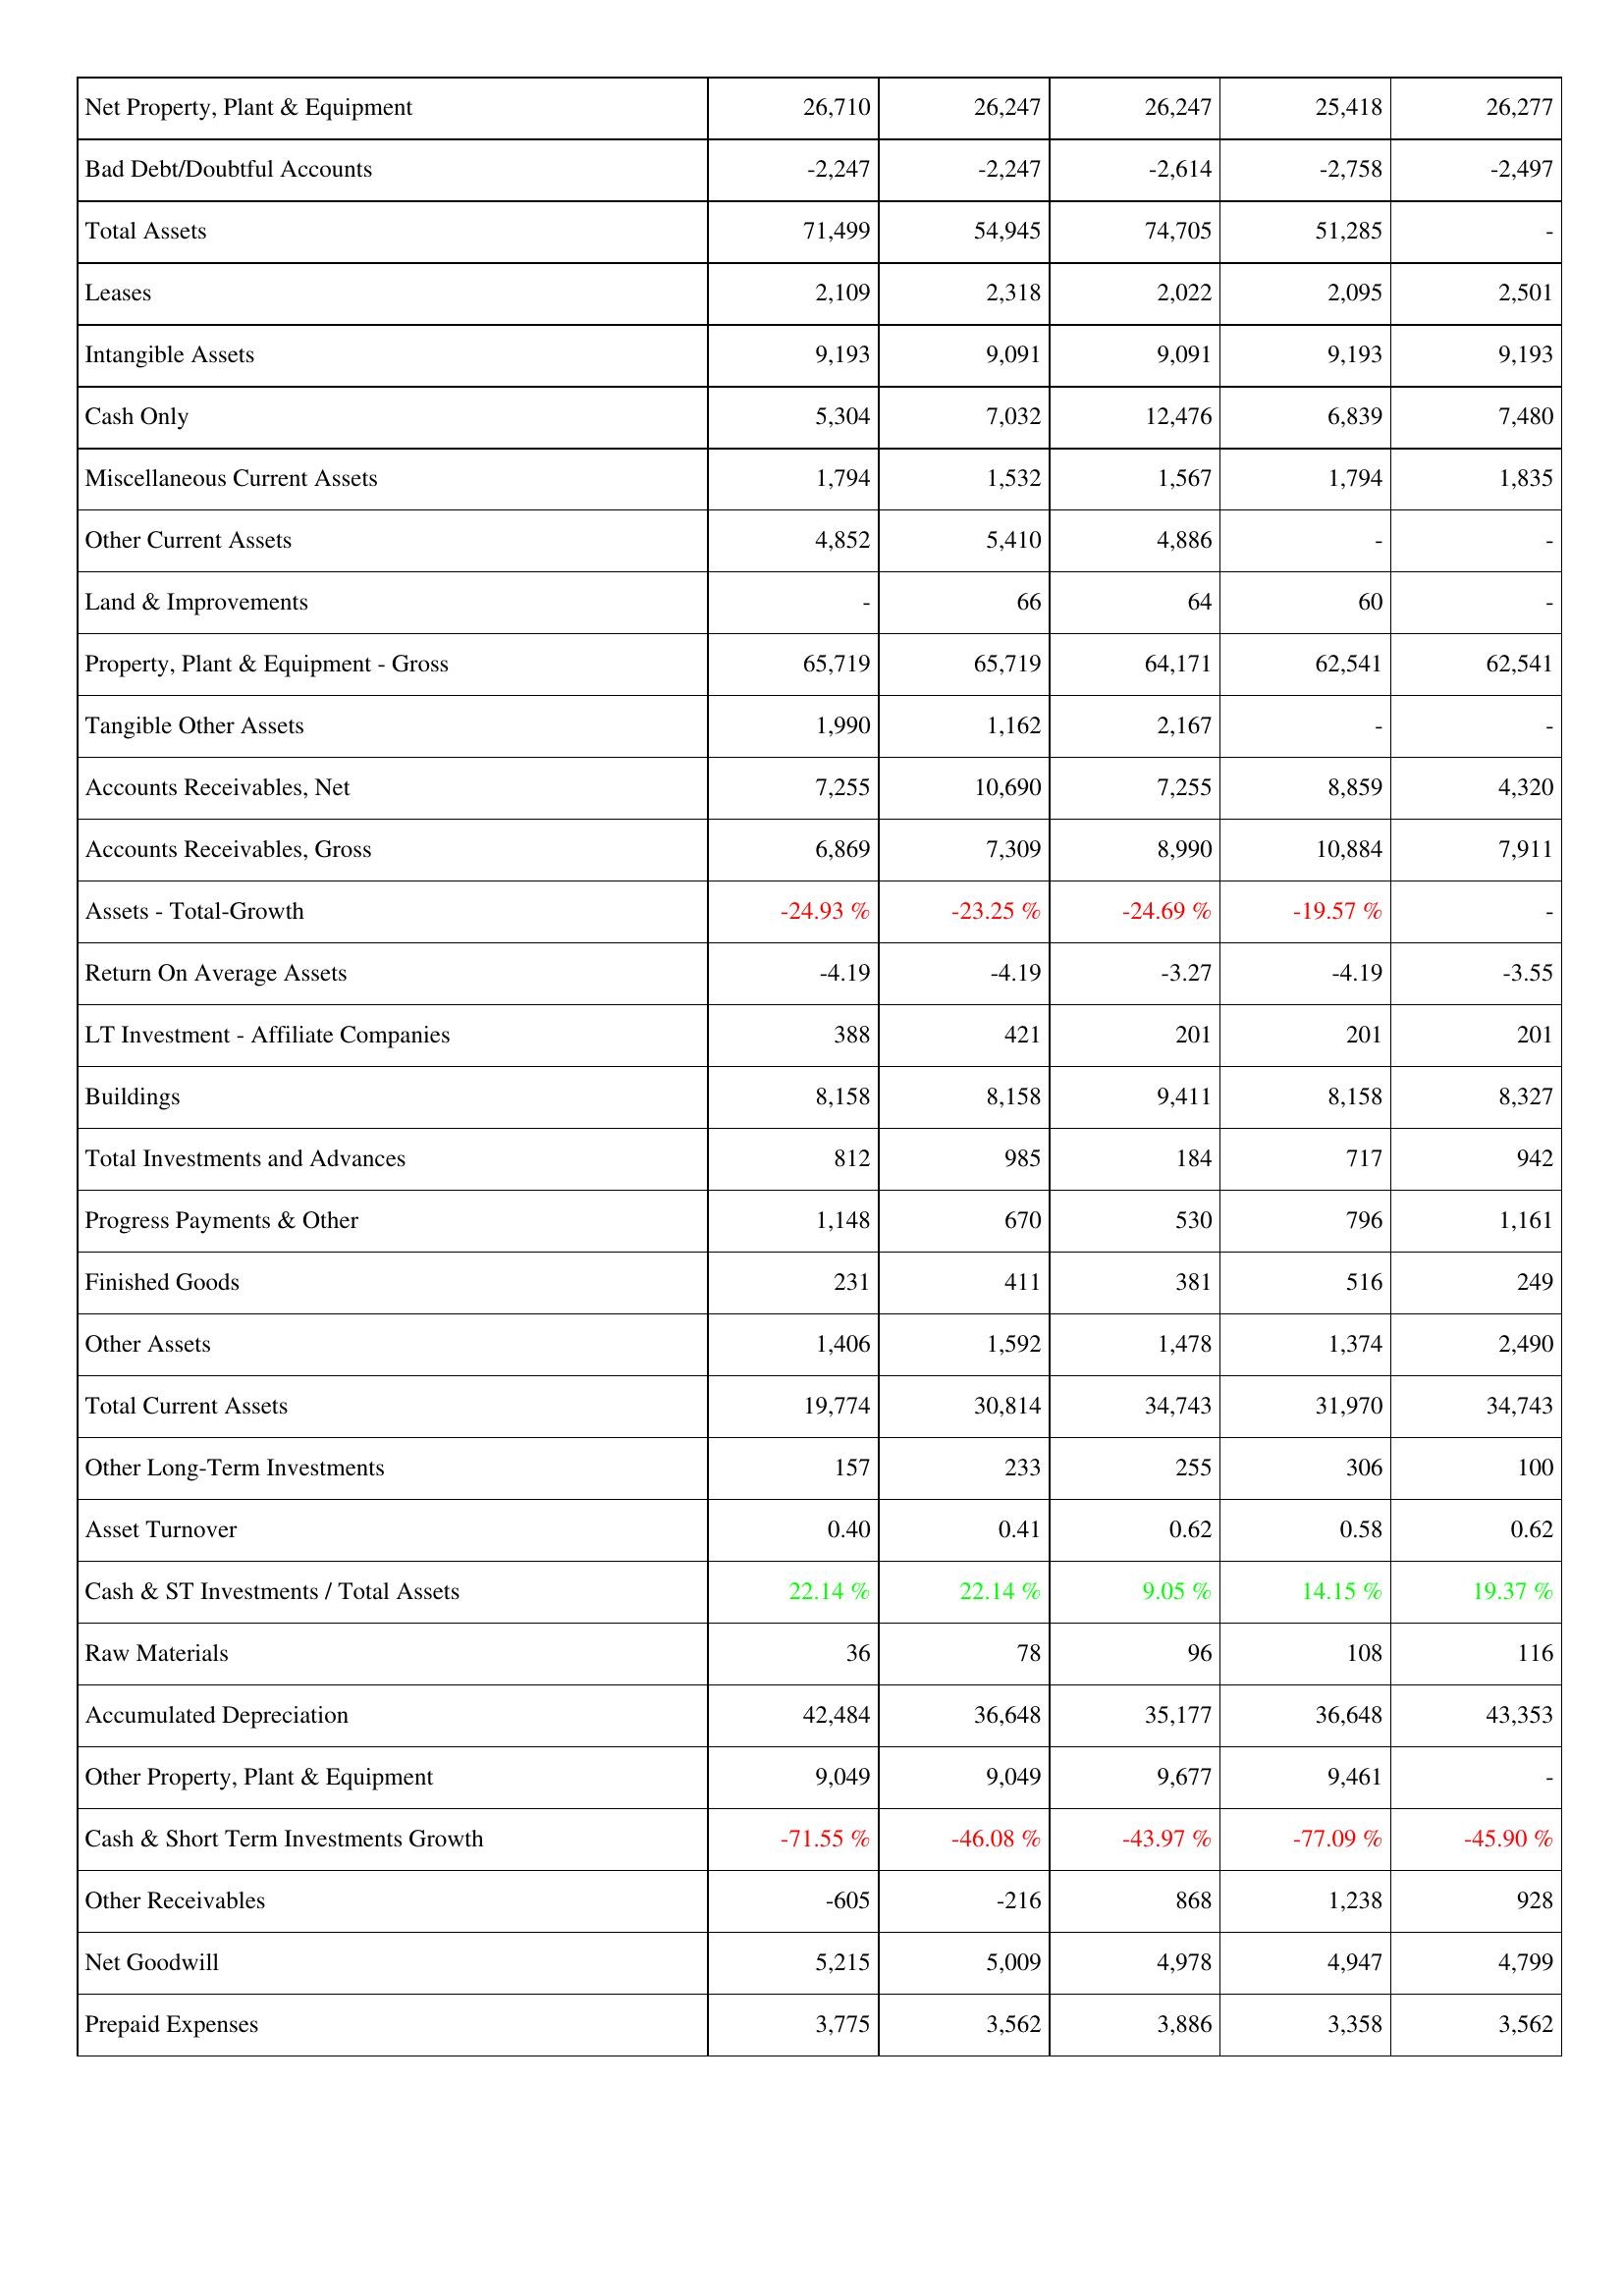
2010: Assets: Net Property, Plant & Equipment: 26,710
Bad Debt/Doubtful Accounts: -2,247
Total Assets: 71,499
Leases: 2,109
Intangible Assets: 9,193
Cash Only: 5,304
Miscellaneous Current Assets: 1,794
Other Current Assets: 4,852
Land & Improvements: -
Property, Plant & Equipment - Gross: 65,719
Tangible Other Assets: 1,990
Accounts Receivables, Net: 7,255
Accounts Receivables, Gross: 6,869
Assets - Total-Growth: -24.93 %
Return On Average Assets: -4.19
LT Investment - Affiliate Companies: 388
Buildings: 8,158
Total Investments and Advances: 812
Progress Payments & Other: 1,148
Finished Goods: 231
Other Assets: 1,406
Total Current Assets: 19,774
Other Long-Term Investments: 157
Asset Turnover: 0.40
Cash & ST Investments / Total Assets: 22.14 %
Raw Materials: 36
Accumulated Depreciation: 42,484
Other Property, Plant & Equipment: 9,049
Cash & Short Term Investments Growth: -71.55 %
Other Receivables: -605
Net Goodwill: 5,215
Prepaid Expenses: 3,775
2011: Assets: Net Property, Plant & Equipment: 26,247
Bad Debt/Doubtful Accounts: -2,247
Total Assets: 54,945
Leases: 2,318
Intangible Assets: 9,091
Cash Only: 7,032
Miscellaneous Current Assets: 1,532
Other Current Assets: 5,410
Land & Improvements: 66
Property, Plant & Equipment - Gross: 65,719
Tangible Other Assets: 1,162
Accounts Receivables, Net: 10,690
Accounts Receivables, Gross: 7,309
Assets - Total-Growth: -23.25 %
Return On Average Assets: -4.19
LT Investment - Affiliate Companies: 421
Buildings: 8,158
Total Investments and Advances: 985
Progress Payments & Other: 670
Finished Goods: 411
Other Assets: 1,592
Total Current Assets: 30,814
Other Long-Term Investments: 233
Asset Turnover: 0.41
Cash & ST Investments / Total Assets: 22.14 %
Raw Materials: 78
Accumulated Depreciation: 36,648
Other Property, Plant & Equipment: 9,049
Cash & Short Term Investments Growth: -46.08 %
Other Receivables: -216
Net Goodwill: 5,009
Prepaid Expenses: 3,562
2012: Assets: Net Property, Plant & Equipment: 26,247
Bad Debt/Doubtful Accounts: -2,614
Total Assets: 74,705
Leases: 2,022
Intangible Assets: 9,091
Cash Only: 12,476
Miscellaneous Current Assets: 1,567
Other Current Assets: 4,886
Land & Improvements: 64
Property, Plant & Equipment - Gross: 64,171
Tangible Other Assets: 2,167
Accounts Receivables, Net: 7,255
Accounts Receivables, Gross: 8,990
Assets - Total-Growth: -24.69 %
Return On Average Assets: -3.27
LT Investment - Affiliate Companies: 201
Buildings: 9,411
Total Investments and Advances: 184
Progress Payments & Other: 530
Finished Goods: 381
Other Assets: 1,478
Total Current Assets: 34,743
Other Long-Term Investments: 255
Asset Turnover: 0.62
Cash & ST Investments / Total Assets: 9.05 %
Raw Materials: 96
Accumulated Depreciation: 35,177
Other Property, Plant & Equipment: 9,677
Cash & Short Term Investments Growth: -43.97 %
Other Receivables: 868
Net Goodwill: 4,978
Prepaid Expenses: 3,886
2013: Assets: Net Property, Plant & Equipment: 25,418
Bad Debt/Doubtful Accounts: -2,758
Total Assets: 51,285
Leases: 2,095
Intangible Assets: 9,193
Cash Only: 6,839
Miscellaneous Current Assets: 1,794
Other Current Assets: -
Land & Improvements: 60
Property, Plant & Equipment - Gross: 62,541
Tangible Other Assets: -
Accounts Receivables, Net: 8,859
Accounts Receivables, Gross: 10,884
Assets - Total-Growth: -19.57 %
Return On Average Assets: -4.19
LT Investment - Affiliate Companies: 201
Buildings: 8,158
Total Investments and Advances: 717
Progress Payments & Other: 796
Finished Goods: 516
Other Assets: 1,374
Total Current Assets: 31,970
Other Long-Term Investments: 306
Asset Turnover: 0.58
Cash & ST Investments / Total Assets: 14.15 %
Raw Materials: 108
Accumulated Depreciation: 36,648
Other Property, Plant & Equipment: 9,461
Cash & Short Term Investments Growth: -77.09 %
Other Receivables: 1,238
Net Goodwill: 4,947
Prepaid Expenses: 3,358
2014: Assets: Net Property, Plant & Equipment: 26,277
Bad Debt/Doubtful Accounts: -2,497
Total Assets: -
Leases: 2,501
Intangible Assets: 9,193
Cash Only: 7,480
Miscellaneous Current Assets: 1,835
Other Current Assets: -
Land & Improvements: -
Property, Plant & Equipment - Gross: 62,541
Tangible Other Assets: -
Accounts Receivables, Net: 4,320
Accounts Receivables, Gross: 7,911
Assets - Total-Growth: -
Return On Average Assets: -3.55
LT Investment - Affiliate Companies: 201
Buildings: 8,327
Total Investments and Advances: 942
Progress Payments & Other: 1,161
Finished Goods: 249
Other Assets: 2,490
Total Current Assets: 34,743
Other Long-Term Investments: 100
Asset Turnover: 0.62
Cash & ST Investments / Total Assets: 19.37 %
Raw Materials: 116
Accumulated Depreciation: 43,353
Other Property, Plant & Equipment: -
Cash & Short Term Investments Growth: -45.90 %
Other Receivables: 928
Net Goodwill: 4,799
Prepaid Expenses: 3,562